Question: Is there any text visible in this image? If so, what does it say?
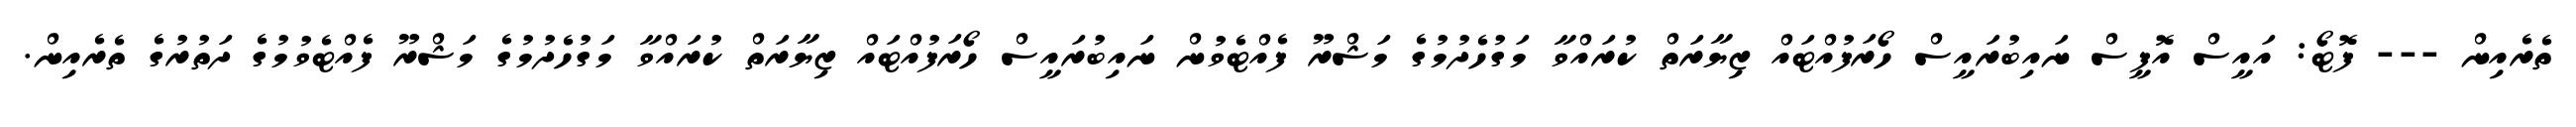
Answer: ތެރެއިން --- ފޮޓޯ: އައީސް އޮފީސް ނައިބުރައީސް ހޯރަފުއްޓައް ޒިޔާރަތް ކުރައްވާ މަގުހެދުމުގެ މަޝްރޫ ފެއްޓެވުން ނައިބުރައީސް ހޯރަފުއްޓައް ޒިޔާރަތް ކުރައްވާ މަގުހެދުމުގެ މަޝްރޫ ފެއްޓެވުމުގެ ދަތުރުގެ ތެރެއިން.